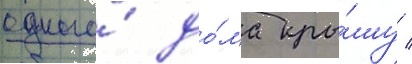
одного́ до́ма кры́шу /